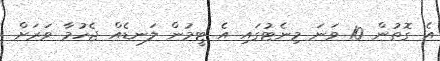
އެ ގޮތުން 10 ވަނަ މިނެޓުގައި އެ ޓީމުން ލަނޑެއް ޖެހުމާ ވަރަށް